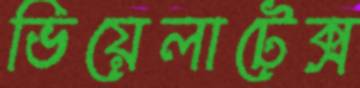
ভিয়েলাটেক্স